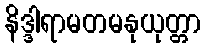
နိဒ္ဒါရာမတမနုယုတ္တာ